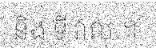
និង ទី វាល ។